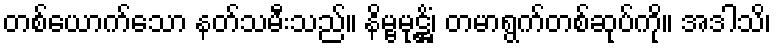
တစ်ယောက်သော နတ်သမီးသည်။ နိမ္ဗမုဋ္ဌိံ၊ တမာရွက်တစ်ဆုပ်ကို။ အဒါသိ၊